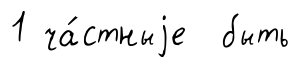
1 ча́стныjе быть